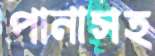
পানাসহ